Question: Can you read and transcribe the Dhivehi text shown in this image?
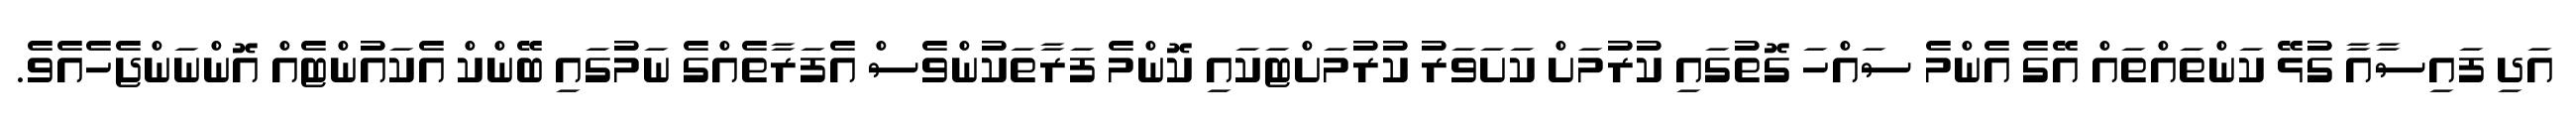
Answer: އަދި ފައިސާއާ ގުޅޭ ކަންތައްތައް އޭގެ އެންމެ ސައްހަ ގޮތުގައި ކުރުމަށް ކަށަވަރު ކުރުމަށްޓަކައި ކޮންމެ ފަރާތަކުންވެސް އެފަރާތެއްގެ ނަމުގައި ބޭންކް އެކައުންޓެއް އޮންނަންޖެހެއެވެ.